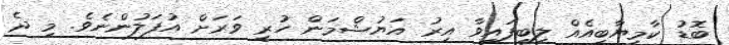
ބޮޑު ކާމިޔާބީއެއް ލިބިފައިވާ އިރު އަޔުޝްމަން ހުރީ ވަރަށް އުފަލުންނެވެ. މި ދެ